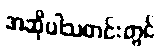
အဆိုပါသတင်းတွင်